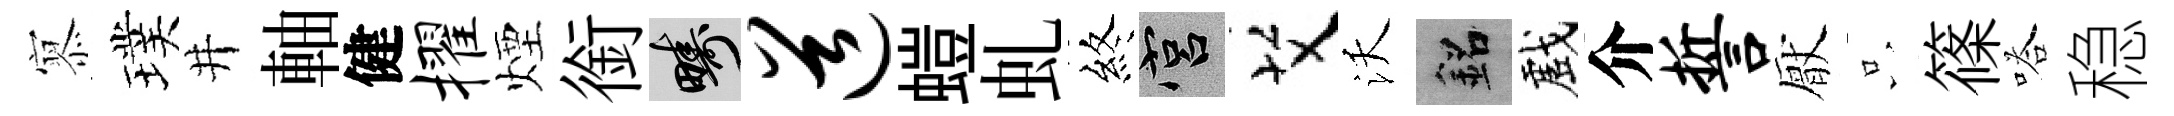
𡪹璞井軸健擢煙銜疇道螘虬終宫艾沃銘戲介誓厭只篠嗒稳